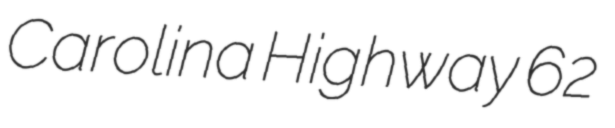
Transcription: Carolina Highway 62